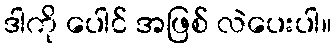
ဒါကို ပေါင် အဖြစ် လဲပေးပါ။